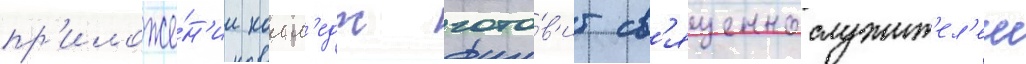
пр'иложе́н'ии колл'едж гото́в'ит св'ященнослужит'ел'еи